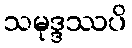
သမုဒ္ဒဿပိ